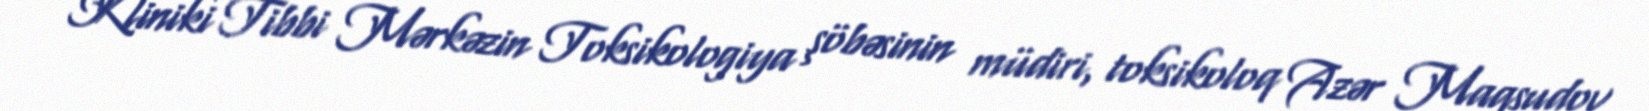
Kliniki Tibbi Mərkəzin Toksikologiya şöbəsinin müdiri, toksikoloq Azər Maqsudov